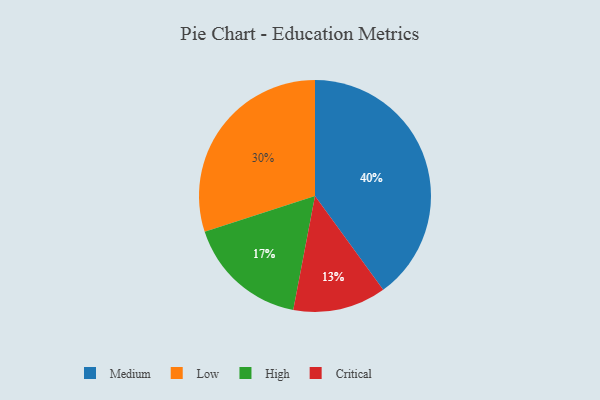
{"axis": {"x": "Category", "y": "Percentage"}, "legend": ["Critical", "High", "Low", "Medium"], "data": [{"x": "Low", "y": 30, "type": "Low"}, {"x": "Critical", "y": 13, "type": "Critical"}, {"x": "Medium", "y": 40, "type": "Medium"}, {"x": "High", "y": 17, "type": "High"}]}